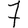
Digit: 7